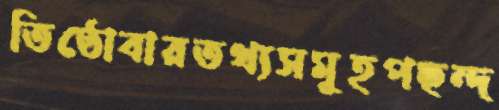
তিষ্ঠোবারতথ্যসমূহপছন্দ